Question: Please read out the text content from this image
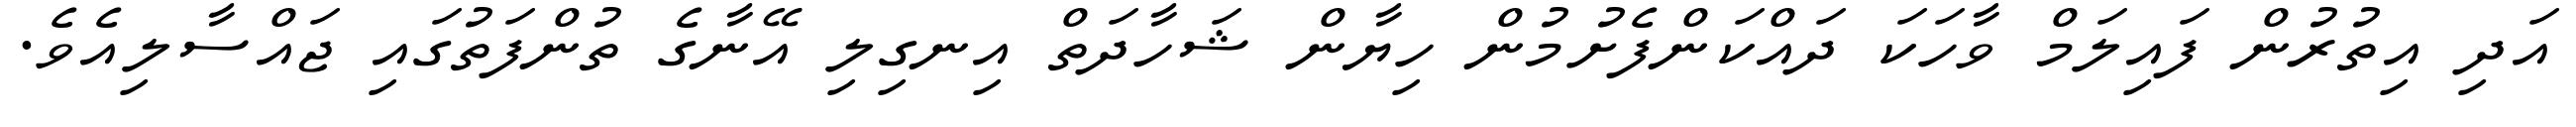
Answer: އަދި އިތުރުން ފައިލަމް ވާހަކަ ދައްކަންފެށުމުން ހިޔާން ޝަހާދަތް އިނގިލި އޭނާގެ ތުންފަތުގައި ޖައްސާލިއެވެ.